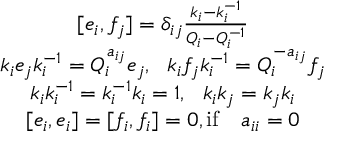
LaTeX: \begin{array} { c } { { \lbrack e _ { i } , f _ { j } \rbrack = \delta _ { i j } \frac { k _ { i } - k _ { i } ^ { - 1 } } { Q _ { i } - Q _ { i } ^ { - 1 } } } } \\ { { k _ { i } e _ { j } k _ { i } ^ { - 1 } = Q _ { i } ^ { a _ { i j } } e _ { j } , ~ ~ k _ { i } f _ { j } k _ { i } ^ { - 1 } = Q _ { i } ^ { - a _ { i j } } f _ { j } } } \\ { { k _ { i } k _ { i } ^ { - 1 } = k _ { i } ^ { - 1 } k _ { i } = 1 , ~ ~ k _ { i } k _ { j } = k _ { j } k _ { i } } } \\ { { \lbrack e _ { i } , e _ { i } \rbrack = \lbrack f _ { i } , f _ { i } \rbrack = 0 , \mathrm { i f } ~ ~ ~ a _ { i i } = 0 } } \end{array}